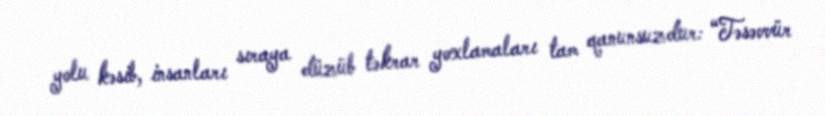
yolu kəsib, insanları sıraya düzüb təkrar yoxlamaları tam qanunsuzdur: “Təsəvvür